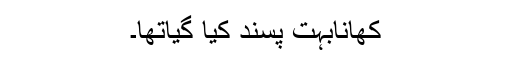
کھانابہت پسند کیا گیاتھا۔